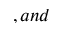
, a n d